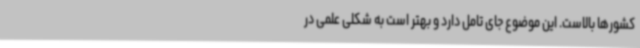
کشورها بالاست. این موضوع جای تامل دارد و بهتر است به شکلی علمی در